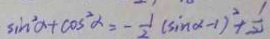
\sin ^ { 2 } \alpha + \cos ^ { 2 } \alpha = - \frac { 1 } { 2 } ( \sin \alpha - 1 ) ^ { 2 } + \frac { 1 } { 2 }